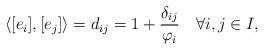
LaTeX: \begin{align*} \langle [e_i],[e_j]\rangle=d_{ij}=1+\frac{\delta_{ij}}{\varphi_i}\quad\forall i,j\in I,\end{align*}